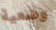
وضعية